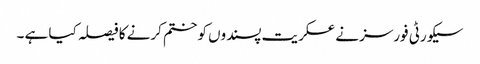
سیکورٹی فورسز نے عسکریت پسندوں کو ختم کرنے کا فیصلہ کیا ہے ۔